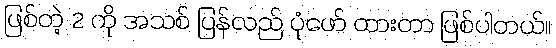
ဖြစ်တဲ့ 2 ကို အသစ် ပြန်လည် ပုံဖော် ထားတာ ဖြစ်ပါတယ်။